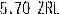
5.70 ZRL